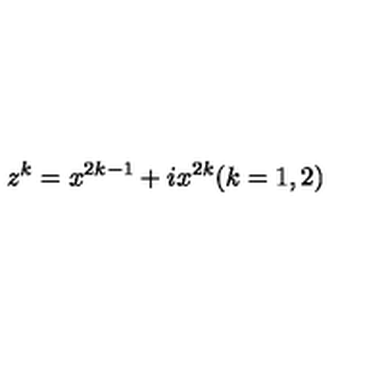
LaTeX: z ^ { k } = x ^ { 2 k - 1 } + i x ^ { 2 k } ( k = 1 , 2 )